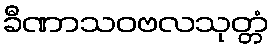
ခီဏာသဝဗလသုတ္တံ